Report of the King Institute of Preventive Medicine, Guindy
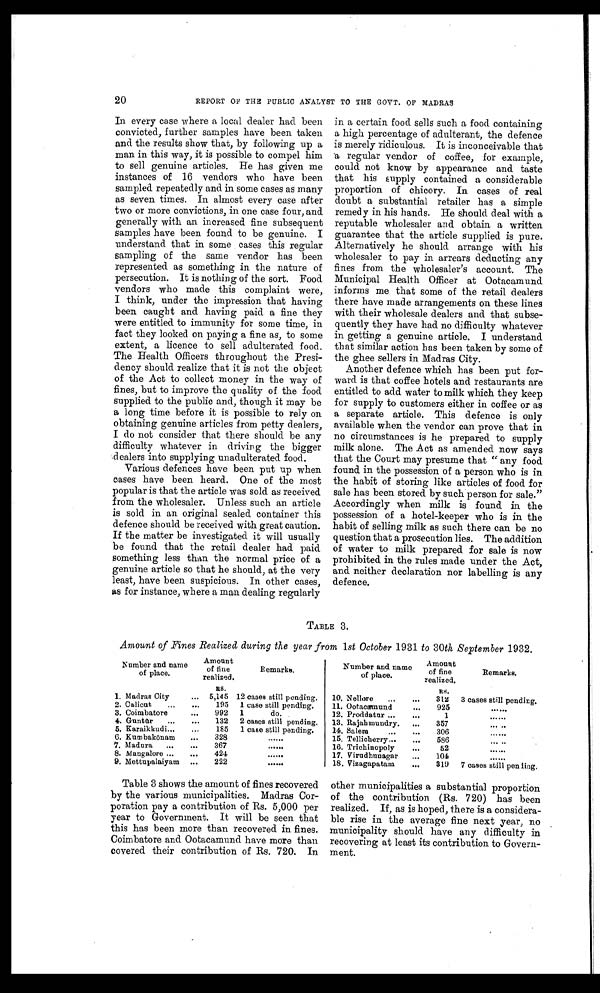
20
REPORT OF THE PUBLIC ANALYST TO THE GOVT. OF MADRAS
In every case where a local dealer had been
convicted, further samples have been taken
and the results show that, by following up a
man in this way, it is possible to compel him
to sell genuine articles. He has given me
instances of 16 vendors who have been
sampled repeatedly and in some cases as many
as seven times. In almost every case after
two or more convictions, in one case four, and
generally with an increased fine subsequent
samples have been found to be genuine. I
understand that in some cases this regular
sampling of the same vendor has been
represented as something in the nature of
persecution. It is nothing of the sort. Food
vendors who made this complaint were,
I think, under the impression that having
been caught and having paid a fine they
were entitled to immunity for some time, in
fact they looked on paying a fine as, to some
extent, a licence to sell adulterated food.
The Health Officers throughout the Presi
-dency should realize that it is not the object
of the Act to collect money in the way of
fines, but to improve the quality of the food
supplied to the public and, though it may be
a long time before it is possible to rely on
obtaining genuine articles from petty dealers,
I do not consider that there should be any
difficulty whatever in driving the bigger
dealers into supplying unadulterated food.
Various defences have been put up when
cases have been heard. One of the most
popular is that the article was sold as received
from the wholesaler. Unless such an article
is sold in an original sealed container this
defence should be received with great caution.
If the matter be investigated it will usually
be found that the retail dealer had paid
something less than the normal price of a
genuine article so that he should, at the very
least, have been suspicious. In other cases,
as for instance, where a man dealing regularly
in a certain food sells such a food containing
a high percentage of adulterant, the defence
is merely ridiculous. It is inconceivable that
a regular vendor of coffee, for example,
could not know by appearance and taste
that his supply contained a considerable
proportion of chicory. In cases of real
doubt a substantial retailer has a simple
remedy in his hands. He should deal with a
reputable wholesaler and obtain a written
guarantee that the article supplied is pure.
Alternatively he should arrange with his
wholesaler to pay in arrears deducting any
fines from the wholesaler's account. The
Municipal Health Officer at Ootacamund
informs me that some of the retail dealers
there have made arrangements on these lines
with their wholesale dealers and that subse
-quently they have had no difficulty whatever
in getting a genuine article. I understand
that similar action has been taken by some of
the ghee sellers in Madras City.
Another defence which has been put for
-ward is that coffee hotels and restaurants are
entitled to add water to milk which they keep
for supply to customers either in coffee or as
a separate article. This defence is only
available when the vendor can prove that in
no circumstances is he prepared to supply
milk alone. The Act as amended now says
that the Court may presume that " any food
found in the possession of a person who is in
the habit of storing like articles of food for
sale has been stored by such person for sale."
Accordingly when milk is found in the
possession of a hotel-keeper who is in the
habit of selling milk as such there can be no
question that a prosecution lies. The addition
of water to milk prepared for sale is now
prohibited in the rules made under the Act,
and neither declaration nor labelling is any
defence.
TABLE 3.
Amount of Fines Realized during the year from 1st October 1931 to 30th September 1932.
Number and name
of place.
Amount
of fine
realized.
Remarks.
RS.
1. Madras City . . . 5,145 12 cases still pending.
2. Calicut . . .
195
1 case still pending.
3. Coimbatore . . .
992
1
do.
4. Guntū r . . .
132
2 cases still pending.
5. Karaikkudi . . .
185
1 case still pending.
6. Kumbakō nam . . .
328
. . .
7. Madura . . .
367
. . .
8. Mangalore . . .
424
. . .
9. Mettupalaiyam . . .
222
. . .
Number and name
of pl ace.
Amount
of fine
realized.
Remarks.
Rs.
10. Nellore . . .
312
3 cases still pending.
11. Ootacamund . . .
925
. . .
12. Proddatur . . .
1
. . .
13. Rajahmundry . . .
357
. . .
14. Salem . . .
306
. . .
15. Tellicherry . . .
586
. . .
16. Trichinopoly . . .
52
. . .
17. Virudhunagar . . .
104
. . .
18. Vizagapatam . . .
319
7 cases still pending.
Table 3 shows the amount of fines recovered
by the various municipalities. Madras Cor
-poration pay a contribution of Rs. 5,000 per
year to Government. It will be seen that
this has been more than recovered in fines.
Coimbatore and Ootacamund have more than
covered their contribution of Rs. 720. In
other municipalities a substantial proportion
of the contribution (Rs. 720) has been
realized. If, as is hoped, there is a considera
- b l e r i s e i n t h e a v e r a g e f i n e n e x t y e a r , n o
municipality should have any difficulty in
recovering at least its contribution to Govern
- m e n t .